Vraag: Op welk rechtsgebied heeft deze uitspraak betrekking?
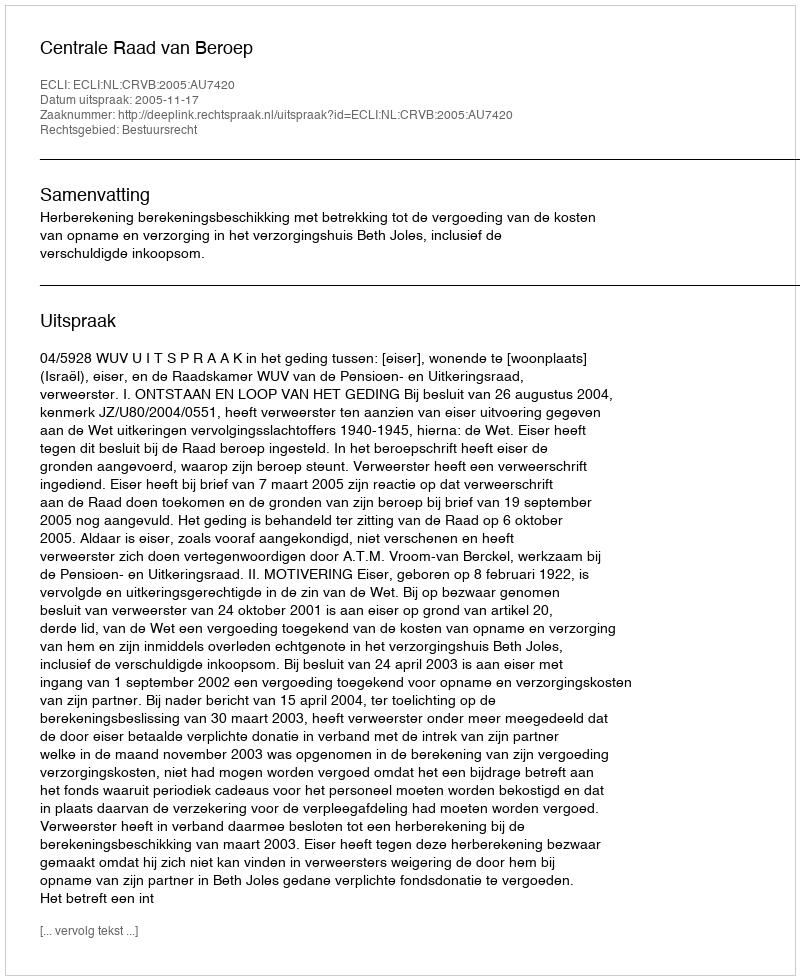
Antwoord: Bestuursrecht